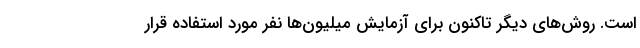
است. روش‌های دیگر تاکنون برای آزمایش میلیون‌ها نفر مورد استفاده قرار